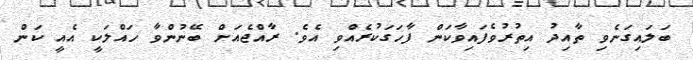
ބަލައިގަނެވި ތާއިދު އިތުރުވެފައިވާކަން ފާހަގަކުރެއްވި އެވެ. ރާއްޖެއަށް ބޭނުންވާ ހައްލަކީ އެއީ ކަން